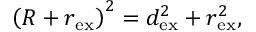
\left( R + r _ { \mathrm { e x } } \right) ^ { 2 } = d _ { \mathrm { e x } } ^ { 2 } + r _ { \mathrm { e x } } ^ { 2 } ,